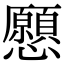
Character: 𢥧